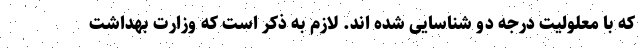
که با معلولیت درجه دو شناسایی شده اند. لازم به ذکر است که وزارت بهداشت